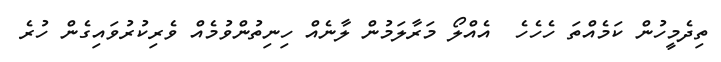
ތިދެމީހުން ކަމެއްތަ ހެހެހެ  އެއްލޯ މަރާލަމުން ލާނެެއް ހިނިތުންވުމެެއް ވެރިކުރުވައިގެން ހުރެ